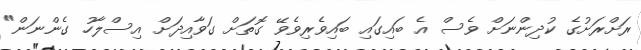
ރަށްރަށުގެ ކުދިންނަށް ވެސް އެ ބައިގައި ބައިވެރިވެވޭ ގޮތަށް ގަވާއިދަށް އިސްލާހު ގެންނަން"